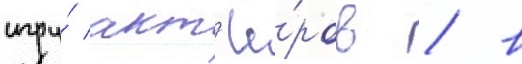
игру́ акт'ё́ров / в